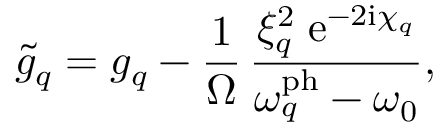
\tilde { g } _ { q } = g _ { q } - \frac { 1 } { \Omega } \, \frac { \xi _ { q } ^ { 2 } \; \mathrm { e } ^ { - 2 \mathrm { i } \chi _ { q } } } { \omega _ { q } ^ { \mathrm { p h } } - \omega _ { 0 } } ,